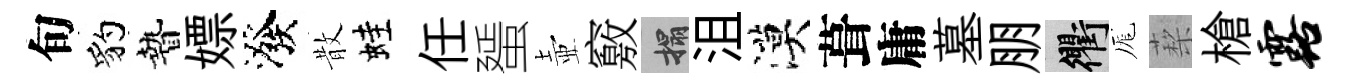
旬豹贄嫖潑散蛙任蜑壺竅搨沮漠葺庸墓朋衢厖蔾槍露